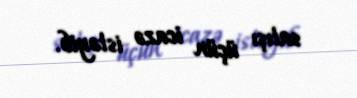
satışı üçün icazə istəyib.